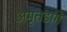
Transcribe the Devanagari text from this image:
अमृतडांगे